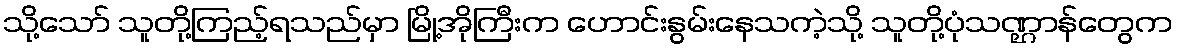
သို့သော် သူတို့ကြည့်ရသည်မှာ မြို့အိုကြီးက ဟောင်းနွမ်းနေသကဲ့သို့ သူတို့ပုံသဏ္ဌာန်တွေက